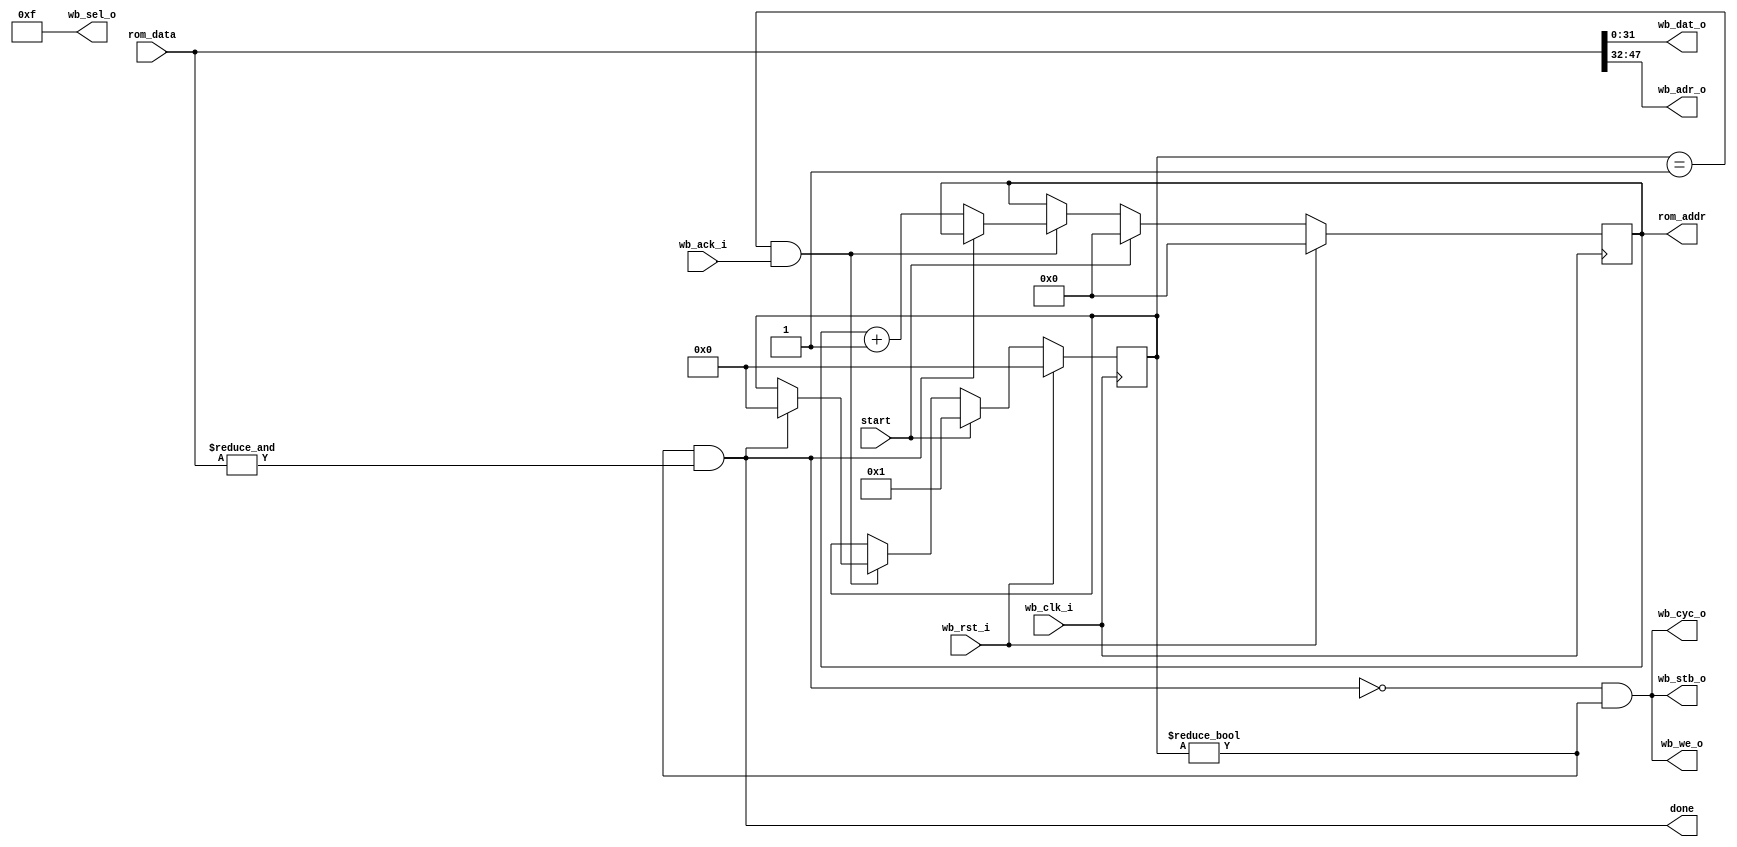
//
// Copyright 2011 Ettus Research LLC
//
// This program is free software: you can redistribute it and/or modify
// it under the terms of the GNU General Public License as published by
// the Free Software Foundation, either version 3 of the License, or
// (at your option) any later version.
//
// This program is distributed in the hope that it will be useful,
// but WITHOUT ANY WARRANTY; without even the implied warranty of
// MERCHANTABILITY or FITNESS FOR A PARTICULAR PURPOSE.  See the
// GNU General Public License for more details.
//
// You should have received a copy of the GNU General Public License
// along with this program.  If not, see <http://www.gnu.org/licenses/>.
//


// wb_bus_writer
//
// WB Bus Master device to send a sequence of single-word transactions
// based on a list in a RAM or ROM (FASM interface)
// ROM data format is {WB_ADDR[15:0],WB_DATA[31:0]}
// continues until it gets an all-1s entry

module wb_bus_writer (input start,
		      output done,
		      output reg [15:0] rom_addr,
		      input [47:0] rom_data,
		      // WB Master Interface, don't need wb_dat_i
		      input wb_clk_i,
		      input wb_rst_i,
		      output [31:0] wb_dat_o,
		      input wb_ack_i,
		      output [15:0] wb_adr_o,
		      output wb_cyc_o,
		      output [3:0] wb_sel_o,
		      output wb_stb_o,
		      output wb_we_o
		      );

`define IDLE 0
`define READ 1
   
   reg [3:0] 		     state;
   
   assign 		     done = (state != `IDLE) && (&rom_data);  // Done when we see all 1s
   
   always @(posedge wb_clk_i)
     if(wb_rst_i)
       begin
	  rom_addr <= #1 0;
	  state <= #1 0;
       end
     else if(start)
       begin
	  rom_addr <= #1 0;
	  state <= #1 `READ;
       end
     else if((state == `READ) && wb_ack_i)
       if(done)
	 state <= #1 `IDLE;
       else
	 rom_addr <= #1 rom_addr + 1;
   
   assign wb_dat_o = rom_data[31:0];
   assign wb_adr_o = rom_data[47:32];
   assign wb_sel_o = 4'b1111;    // All writes are the full 32 bits
   
   assign wb_cyc_o = !done & (state != `IDLE);
   assign wb_stb_o = !done & (state != `IDLE);
   assign wb_we_o = !done & (state != `IDLE);
   
endmodule // wb_bus_writer